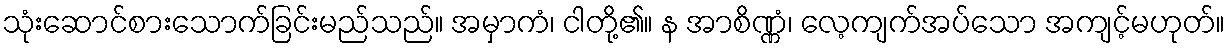
သုံးဆောင်စားသောက်ခြင်းမည်သည်။ အမှာကံ၊ ငါတို့၏။ န အာစိဏ္ဏံ၊ လေ့ကျက်အပ်သော အကျင့်မဟုတ်။